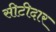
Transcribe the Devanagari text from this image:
सीटीदार